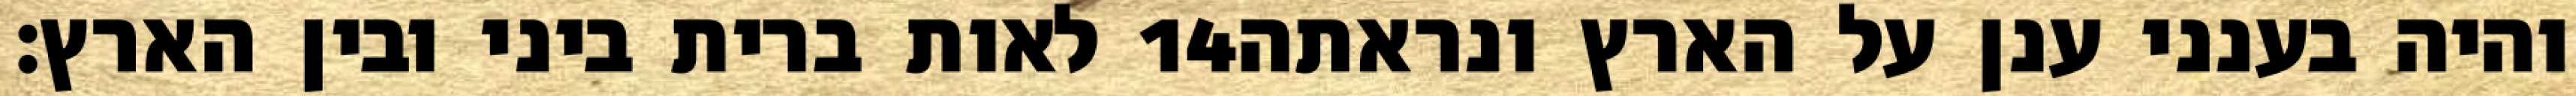
לאות ברית ביני ובין הארץ׃ ‎14‏ והיה בענני ענן על הארץ ונראתה